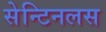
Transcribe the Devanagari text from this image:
सेन्टिनलस